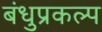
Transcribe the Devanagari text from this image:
बंधुप्रकल्प